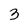
Character: 3